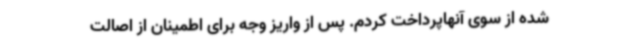
شده از سوی آنهاپرداخت کردم. پس از واریز وجه برای اطمینان از اصالت